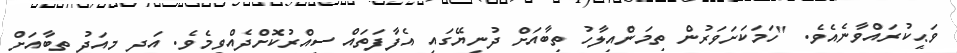
ވަޙީކުރައްވާނެއެވެ. "ހަމަކަށަވަރުން ތިމަންއިލާހު ތިބާއަށް ދުނިޔޭގައި އެފާފަތައް ސިއްރުކޮށްދެއްވީމެވެ. އަދި މިއަދު ތިބާއަށް